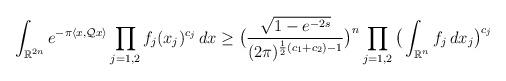
LaTeX: \begin{align*}\int_{\mathbb{R}^{2n}}e^{-\pi \langle x, \mathcal{Q}x \rangle}\prod_{j=1,2} f_j(x_j)^{c_j} \, dx \ge \big(\frac{ \sqrt{1-e^{-2s}} }{(2\pi)^{ \frac12(c_1+c_2)-1}}\big)^n\prod_{j=1,2} \big( \int_{\mathbb{R}^n} f_j\, dx_j \big)^{c_j}\end{align*}